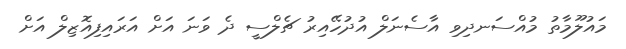
މައުލޫމާތު މުއްސަނދިވި އާސެނަލް އުދުހޭއިރު ޗެލްސީ ދެ ވަނަ އަށް އަރައިފިއޮޒިލް އަށް